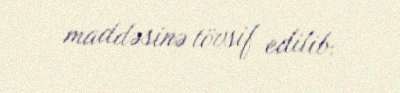
maddəsinə tövsif edilib.